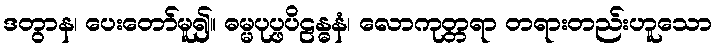
ဒတွာန၊ ပေးတော်မူ၍။ ဓမ္မပုပ္ဖပိဠန္ဓနံ၊ လောကုတ္တရာ တရားတည်းဟူသော